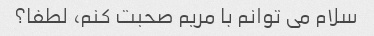
سلام می توانم با مریم صحبت کنم، لطفا؟